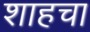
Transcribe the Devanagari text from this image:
शाहचा